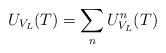
LaTeX: \begin{align*}U_{V_L}(T)= \sum_n U^n_{V_L}(T)\end{align*}